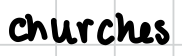
Text: churches
Cross-out: clean
Writing tool: digital_black